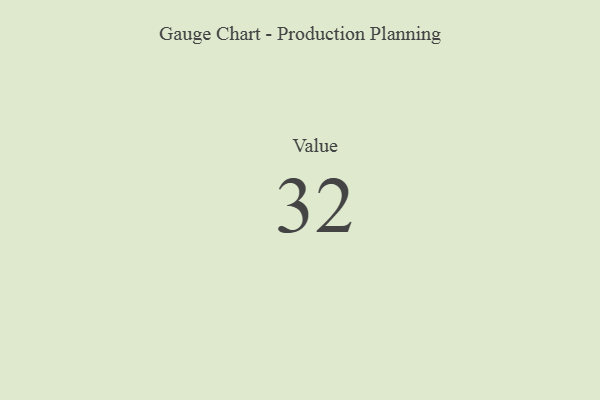
{"axis": {"x": "Metric", "y": "Value"}, "legend": [""], "data": [{"x": "Value", "y": 32, "type": ""}]}